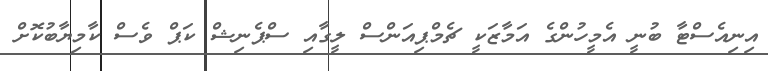
އިނިއެސްޓާ ބުނީ އެމީހުންގެ އަމާޒަކީ ޗެމްޕިއަންސް ލީގާއި ސްޕެނިޝް ކަޕް ވެސް ކާމިޔާބުކޮށް